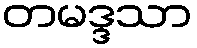
တမဒ္ဒသာ